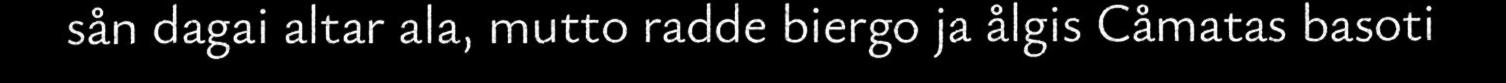
sån dagai altar ala, mutto radde biergo ja ålgis Cåmatas basoti